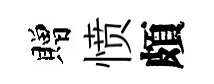
贈愤頗